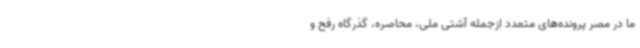
ما در مصر پرونده‌های متعدد ازجمله آشتی ملی، محاصره، گذرگاه رفح و